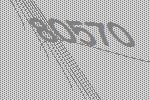
80570